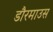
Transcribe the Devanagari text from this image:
डौरमाउस